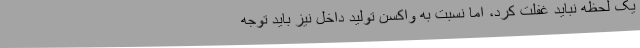
یک لحظه نباید غفلت کرد، اما نسبت به واکسن تولید داخل نیز باید توجه